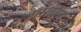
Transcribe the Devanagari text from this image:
गांलोप